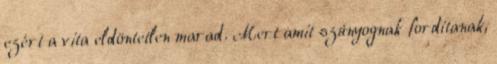
ezért a vita eldöntetlen marad. Mert amit szúnyognak fordítanak,